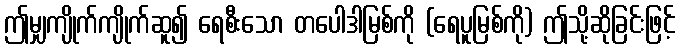
ဤမျှကျိုက်ကျိုက်ဆူ၍ ရေစီးသော တပေါဒါမြစ်ကို (ရေပူမြစ်ကို) ဤသို့ဆိုခြင်းဖြင့်